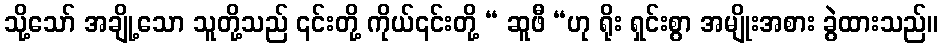
သို့သော် အချို့သော သူတို့သည် ၎င်းတို့ ကိုယ်၎င်းတို့ “ ဆူဖီ “ဟု ရိုး ရှင်းစွာ အမျိုးအစား ခွဲထားသည်။